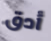
أدق